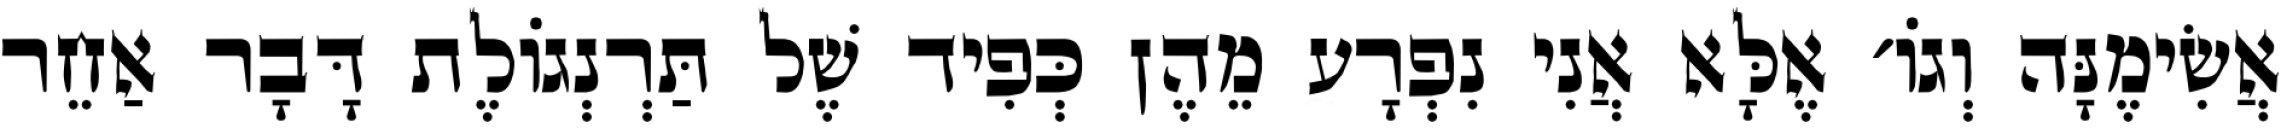
אֲשִׂימֶנָּה וְגוֹ׳ אֶלָּא אֲנִי נִפְרָע מֵהֶן כְּפִיד שֶׁל תַּרְנְגוֹלֶת דָּבָר אַחֵר